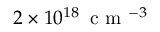
2 \times 1 0 ^ { 1 8 } \, \mathrm { ~ c ~ m ~ } ^ { - 3 }